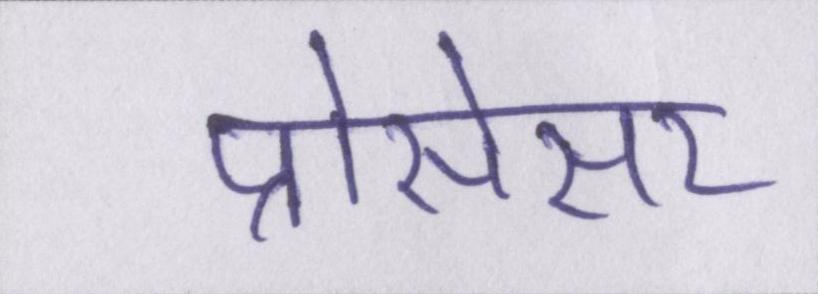
प्रोसेसर